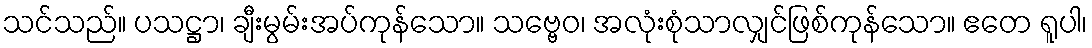
သင်သည်။ ပသဋ္ဌာ၊ ချီးမွမ်းအပ်ကုန်သော။ သဗ္ဗေဝ၊ အလုံးစုံသာလျှင်ဖြစ်ကုန်သော။ ဧတေ ရူပါ၊